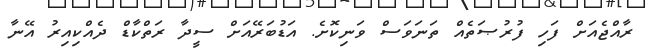
ރާއްޖެއަށް ފަހި ފުރުޞަތެއް ތަނަވަސް ވަނިކޮށެެ. އަޑުބަރޭއަށް ސީދާ ރަތްކާޑް ދެއްކިއިރު އޭނާ